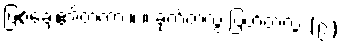
ဖြစ်ချေ၏တကား။ ။ ခုတ်တလွဲ ပြတ်တလွဲ (၉)